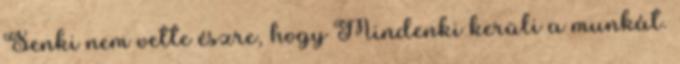
Senki nem vette észre, hogy Mindenki kerüli a munkát.